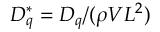
D _ { q } ^ { * } = D _ { q } / ( \rho V L ^ { 2 } )